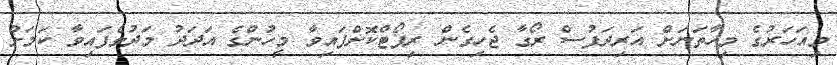
މިއަހަރުގެ މިހާތަނަށް އަރިދަފުސް ރޯގާ ޖެހިގެން ރިޕޯޓްކޮށްފައިވާ މީހުންގެ އަދަދު މަދުވެފައިވާ ކަމަށް